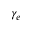
\gamma _ { e }